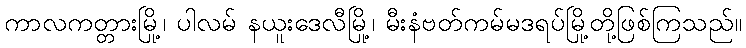
ကာလကတ္တားမြို့၊ ပါလမ် နယူးဒေလီမြို့၊ မီးနံဗတ်ကမ်မဒရပ်မြို့တို့ဖြစ်ကြသည်။